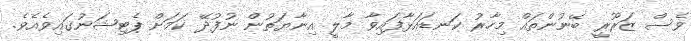
ވެސް ޒަރޫރީ ބޭނުންތައް މިހާރު ކަނޑައަޅާފައިވާ މާލީ އިނާޔަތުން ނުފުދޭ ކަމަށް ޕެޓިޝަނުގައިވެއެވެ.